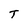
Character: T